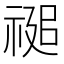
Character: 𮂂